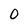
Character: O